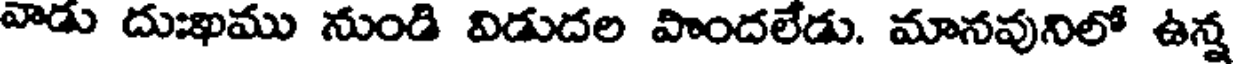
వాడు దుఃఖము నుండి విడుదల పొందలేడు. మానవునిలో ఉన్న